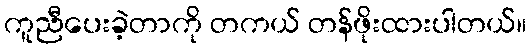
ကူညီပေးခဲ့တာကို တကယ် တန်ဖိုးထားပါတယ်။